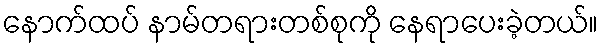
နောက်ထပ် နာမ်တရားတစ်စုကို နေရာပေးခဲ့တယ်။